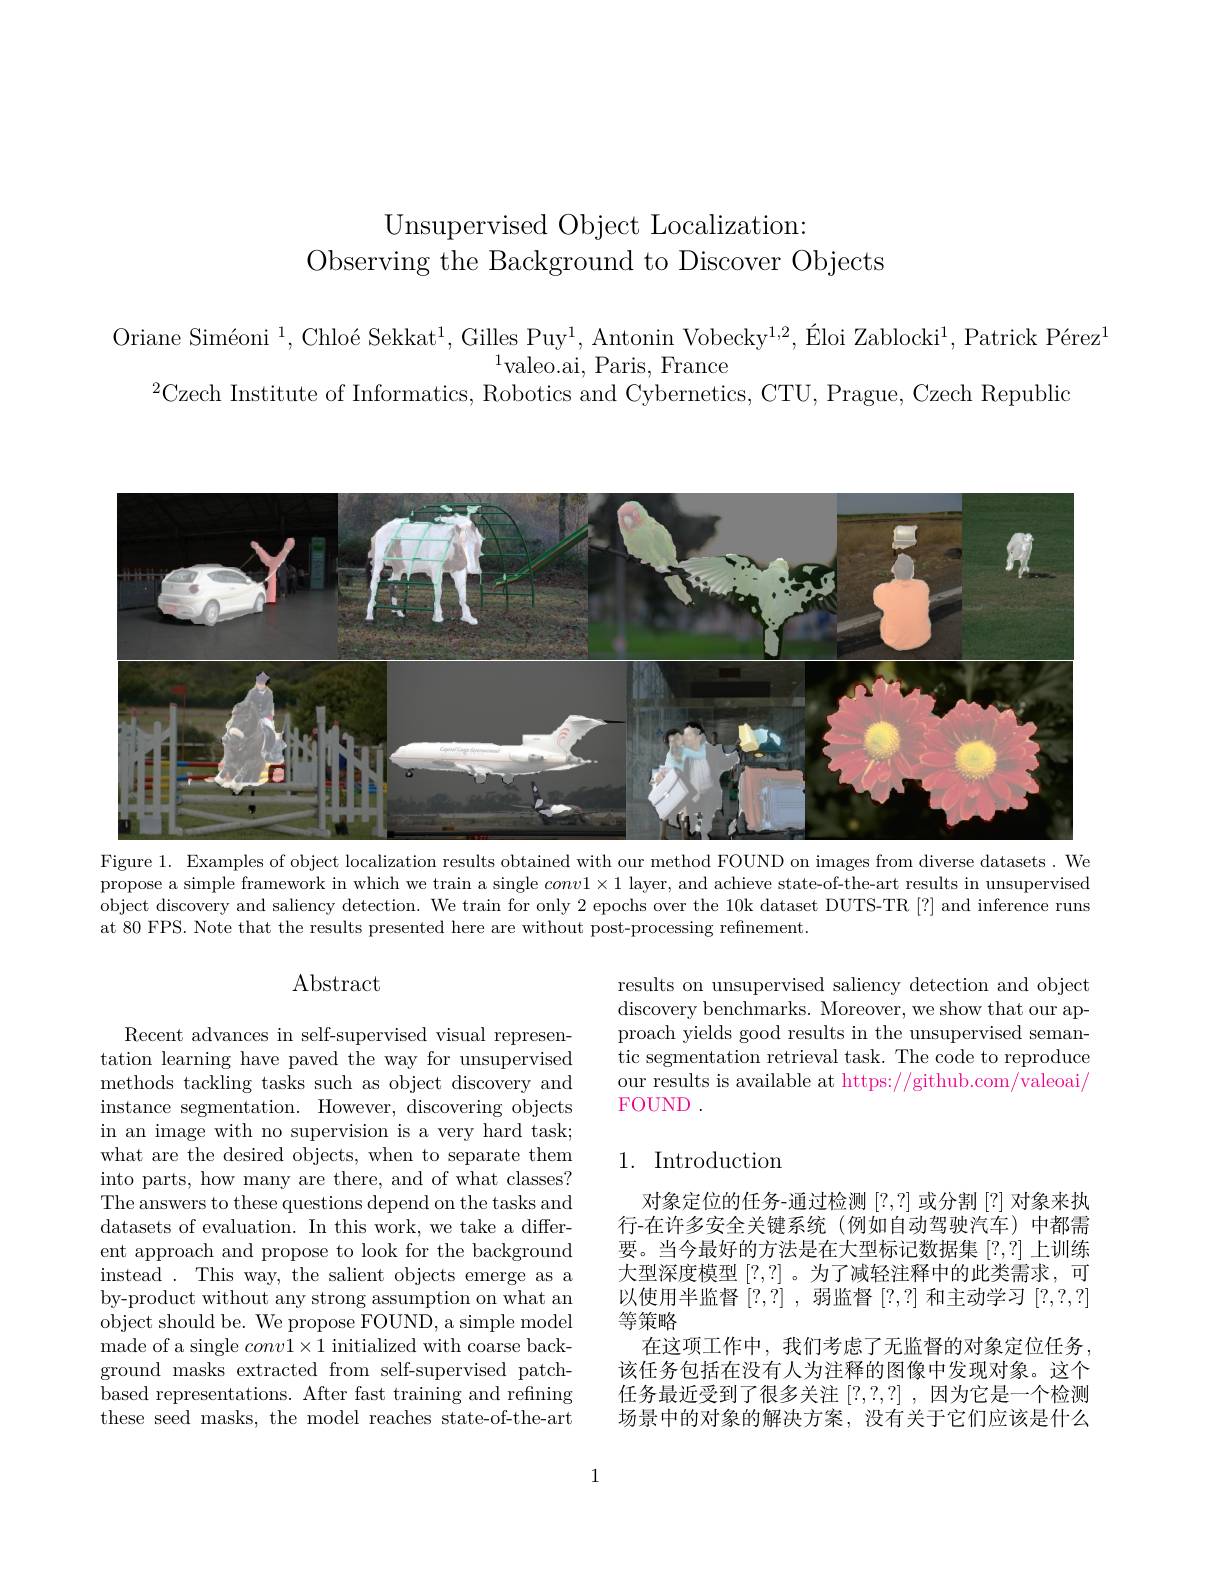
Unsupervised Object Localization:
Observing the Background to Discover Objects

Oriane Siméoni $^1,\text{Chloé Sekkat}^1,\text{Gilles Puy}^1,\text{Antonin Vobecky}^{1,2},\text{\'{E}loiZablocki}^1,\text{Patrick P\'{e}rez}^1$
$^{1}$valeo.ai, Paris, France
$^{2}$Czech Institute of Informatics, Robotics and Cybernetics, CTU, Prague, Czech Republic

<FigureHere>
Figure 1. Examples of object localization results obtained with our method FOUND on images from diverse datasets. We

propose a simple framework in which we train a single $conv1\times1$ layer, and achieve state-of-the-art results in unsupervised object discovery and saliency detection. We train for only 2 epochs over the 10k dataset DUTS-TR [?] and inference runs at 80 FPS. Note that the results presented here are without post-processing refinement.

## Abstract

results on unsupervised saliency detection and object discovery benchmarks. Moreover, we show that our approach yields good results in the unsupervised semantic segmentation retrieval task. The code to reproduce our results is available at https://github.com/valeoai/ FOUND .

## 1. Introduction

Recent advances in self-supervised visual representation learning have paved the way for unsupervised methods tackling tasks such as object discovery and instance segmentation. However, discovering objects in an image with no supervision is a very hard task; what are the desired objects, when to separate them into parts, how many are there, and of what classes? The answers to these questions depend on the tasks and datasets of evaluation. In this work, we take a different approach and propose to look for the background instead. This way, the salient objects emerge as a by-product without any strong assumption on what an object should be. We propose FOUND, a simple model made of a single $conv1\times1$ initialized with coarse background masks extracted from self-supervised patchbased representations. After fast training and refining these seed masks, the model reaches state-of-the-art

对象定位的任务-通过检测[?,?] 或分割[?] 对象来执行-在许多安全关键系统(例如自动驾驶汽车)中都需要。当今最好的方法是在大型标记数据集[?,?]上训练大型深度模型[?,?] 。为了减轻注释中的此类需求，可以使用半监督[?,?] ,弱监督[?,?]和主动学习[?,?,?] 等策略
在这项工作中，我们考虑了无监督的对象定位任务， 该任务包括在没有人为注释的图像中发现对象。这个任务最近受到了很多关注[?,?,?] ,因为它是一个检测场景中的对象的解决方案，没有关于它们应该是什么